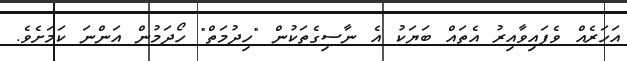
އަހަރެއް ވެފައިވާއިރު އެތައް ބަޔަކު އެ ނާސިގެތަކުން "ހިދުމަތް" ހޯދަމުން އަންނަ ކަމަށެވެ.